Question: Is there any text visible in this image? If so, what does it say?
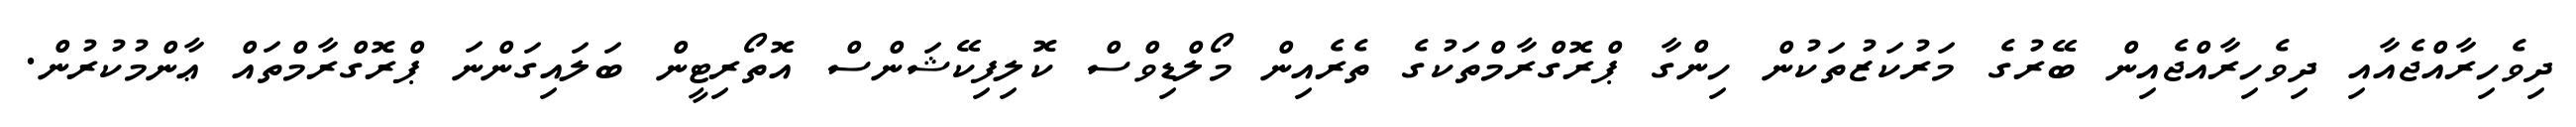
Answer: ދިވެހިރާއްޖެއާއި ދިވެހިރާއްޖެއިން ބޭރުގެ މަރުކަޒުތަކުން ހިންގާ ޕްރޮގްރާމްތަކުގެ ތެރެއިން މޯލްޑިވްސް ކޮލިފިކޭޝަންސް އޮތޯރިޓީން ބަލައިގަންނަ ޕްރޮގްރާމްތައް ޢާންމުކުރުން.